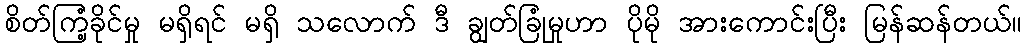
စိတ်ကြံ့ခိုင်မှု မရှိရင် မရှိ သလောက် ဒီ ချွတ်ခြုံမှုဟာ ပိုမို အားကောင်းပြီး မြန်ဆန်တယ်။